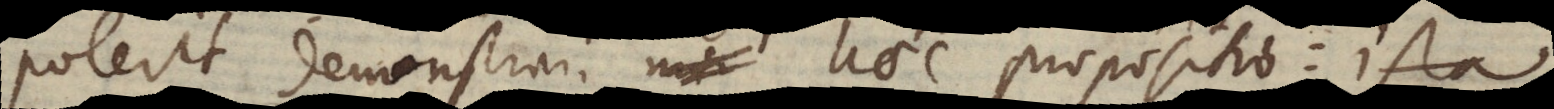
erit demonstrari haec propositio: Ista